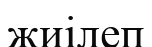
жиілеп